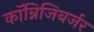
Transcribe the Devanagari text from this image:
कॉन्निजिबर्जर